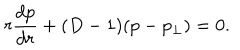
r \frac { d p } { d r } + ( D - 1 ) ( p - p _ { \perp } ) = 0 .